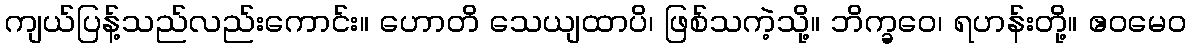
ကျယ်ပြန့်သည်လည်းကောင်း။ ဟောတိ သေယျထာပိ၊ ဖြစ်သကဲ့သို့။ ဘိက္ခဝေ၊ ရဟန်းတို့။ ဧဝမေဝ